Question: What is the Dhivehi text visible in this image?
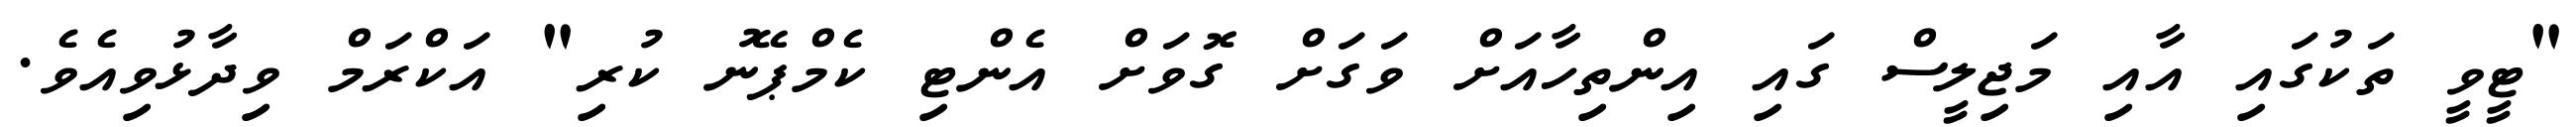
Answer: "ޓީވީ ތަކުގައި އާއި މަޖިލީސް ގައި އިންތިހާއަށް ވަގަށް ގޮވަށް އެންޓި ކެމްޕޭނު ކުރި" އަކްރަމް ވިދާޅުވިއެވެ.